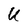
Character: U